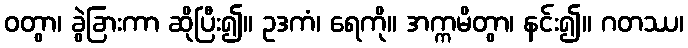
ဝတွာ၊ ခွဲခြားကာ ဆိုပြီး၍။ ဥဒကံ၊ ရေကို။ အက္ကမိတွာ၊ နင်း၍။ ဂတဿ၊